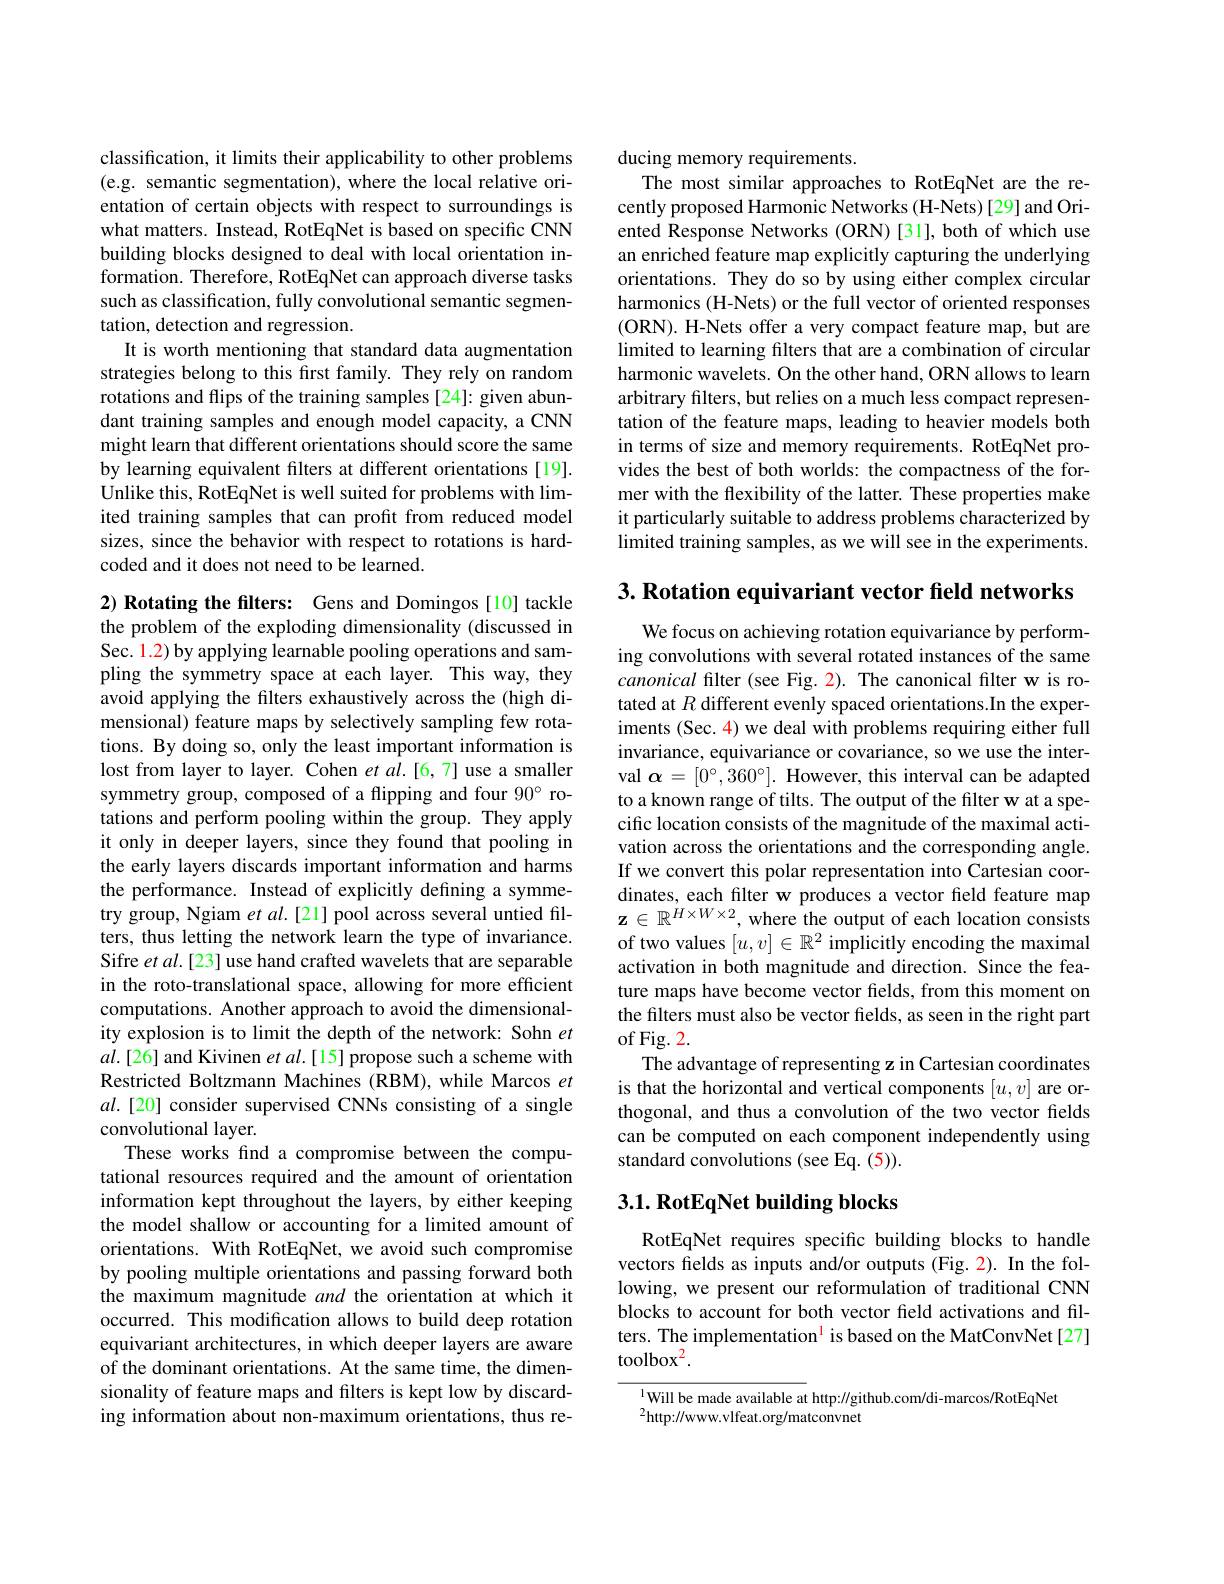
classification, it limits their applicability to other problems (e.g. semantic segmentation), where the local relative orientation of certain objects with respect to surroundings is what matters. Instead, RotEqNet is based on specific CNN building blocks designed to deal with local orientation information. Therefore, RotEqNet can approach diverse tasks such as classification, fully convolutional semantic segmentation, detection and regression.
It is worth mentioning that standard data augmentation strategies belong to this first family. They rely on random rotations and flips of the training samples [24]: given abundant training samples and enough model capacity, a CNN might learn that different orientations should score the same by learning equivalent filters at different orientations [19]. Unlike this, RotEqNet is well suited for problems with limited training samples that can profit from reduced model sizes, since the behavior with respect to rotations is hardcoded and it does not need to be learned.

$2) \textbf{ Rotating the filters: Gens and Domingos[ 10] tackle}$ the problem of the exploding dimensionality (discussed in Sec. 1.2) by applying learnable pooling operations and sampling the symmetry space at each layer. This way, they avoid applying the filters exhaustively across the (high dimensional) feature maps by selectively sampling few rotations. By doing so, only the least important information is lost from layer to layer. Cohen $etal.[6,7]$ use a smaller symmetry group, composed of a flipping and four $90^{\circ}$ rotations and perform pooling within the group. They apply it only in deeper layers, since they found that pooling in the early layers discards important information and harms the performance. Instead of explicitly defining a symmetry group, Ngiam $etal.[21]$ pool across several untied filters, thus letting the network learn the type of invariance. Sifre $etal.[23]$ use hand crafted wavelets that are separable in the roto-translational space, allowing for more efficient computations. Another approach to avoid the dimensionality explosion is to limit the depth of the network: Sohn $et$ $al.[26]$ and Kivinen $etal.[15]$ propose such a scheme with Restricted Boltzmann Machines (RBM), while Marcos $et$ $al.[20]$ consider supervised CNNs consisting of a single convolutional layer.
These works find a compromise between the computational resources required and the amount of orientation information kept throughout the layers, by either keeping the model shallow or accounting for a limited amount of orientations. With RotEqNet, we avoid such compromise by pooling multiple orientations and passing forward both the maximum magnitude and the orientation at which it occurred. This modification allows to build deep rotation equivariant architectures, in which deeper layers are aware of the dominant orientations. At the same time, the dimensionality of feature maps and filters is kept low by discarding information about non-maximum orientations, thus re-

ducing memory requirements.
The most similar approaches to RotEqNet are the recently proposed Harmonic Networks (H-Nets)[29] and Oriented Response Networks (ORN)[31], both of which use an enriched feature map explicitly capturing the underlying orientations. They do so by using either complex circular harmonics (H-Nets) or the full vector of oriented responses (ORN). H-Nets offer a very compact feature map, but are limited to learning filters that are a combination of circular harmonic wavelets. On the other hand, ORN allows to learn arbitrary filters, but relies on a much less compact representation of the feature maps, leading to heavier models both in terms of size and memory requirements. RotEqNet provides the best of both worlds: the compactness of the former with the flexibility of the latter. These properties make it particularly suitable to address problems characterized by limited training samples, as we will see in the experiments.

$3. \textbf{ Rotation equivariant vector field networks}$

We focus on achieving rotation equivariance by performing convolutions with several rotated instances of the same canonical filter (see Fig. 2). The canonical filter w is rotated at $R$ different evenly spaced orientations.In the experiments (Sec. 4) we deal with problems requiring either full invariance, equivariance or covariance, so we use the interval $\boldsymbol{\alpha}=[0^{\circ},360^{\circ}].$ However, this interval can be adapted to a known range of tilts. The output of the filter w at a specific location consists of the magnitude of the maximal activation across the orientations and the corresponding angle. If we convert this polar representation into Cartesian coordinates, each filter w produces a vector field feature map $\mathbf{z}\in\mathbb{R}^{H\times W\times2}$, where the output of each location consists of two values $[u,v]\in\mathbb{R}^2$ implicitly encoding the maximal activation in both magnitude and direction. Since the feature maps have become vector fields, from this moment on the filters must also be vector fields, as seen in the right part of Fig. 2.
The advantage of representing z in Cartesian coordinates is that the horizontal and vertical components $[u,v]$ are orthogonal, and thus a convolution of the two vector felds can be computed on each component independently using standard convolutions (see Eq. (5)).

## $3. 1. \textbf{RotEqNet building blocks}$

RotEqNet requires specific building blocks to handle vectors felds as inputs and/or outputs (Fig. 2). In the following, we present our reformulation of traditional CNN blocks to account for both vector field activations and filters. The implementation$^{1}$ is based on the MatConvNet[27] toolbo$x^2$.

$^{1}$Will be made available at http://github.com/di-marcos/RotEqNet
$^2$http://www.vlfeat.org/matconvnet